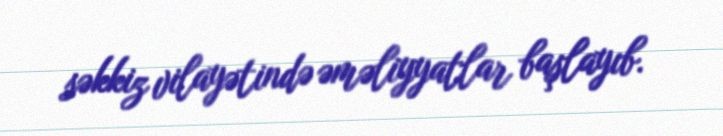
səkkiz vilayətində əməliyyatlar başlayıb.